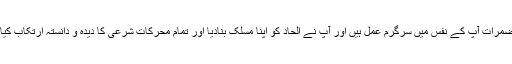
’’آپ نے اپنے آبائی مذہب (شیعیت) سے بغاوت کی اور آج تک اس بغاوت کے مضمرات آپ کے نفس میں سرگرم عمل ہیں اور آپ نے الحاد کو اپنا مسلک بنادیا اور تمام محرکات شرعی کا دیدہ و دانستہ ارتکاب کیا لیکن اس کے باوجود آپ غیر شعوری طور پر ایک منزل کی طرف گامزن ہے‘‘۔